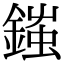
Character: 𨩪